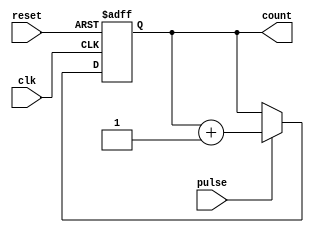
module pulse_counter #(
    parameter N = 8 // Bit width of the counter
)(
    input wire clk,          // Clock signal
    input wire pulse,        // Pulse input signal
    input wire reset,        // Reset signal
    output reg [N-1:0] count // Current count value
);

// Synchronous reset and counting logic
always @(posedge clk or posedge reset) begin
    if (reset) begin
        count <= 0; // Reset the counter to zero
    end else if (pulse) begin
        count <= count + 1; // Increment the counter on pulse
    end
end

endmodule